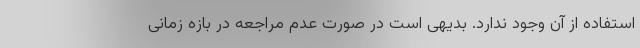
استفاده از آن وجود ندارد. بدیهی است در صورت عدم مراجعه در بازه زمانی